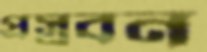
প্রস্রবন